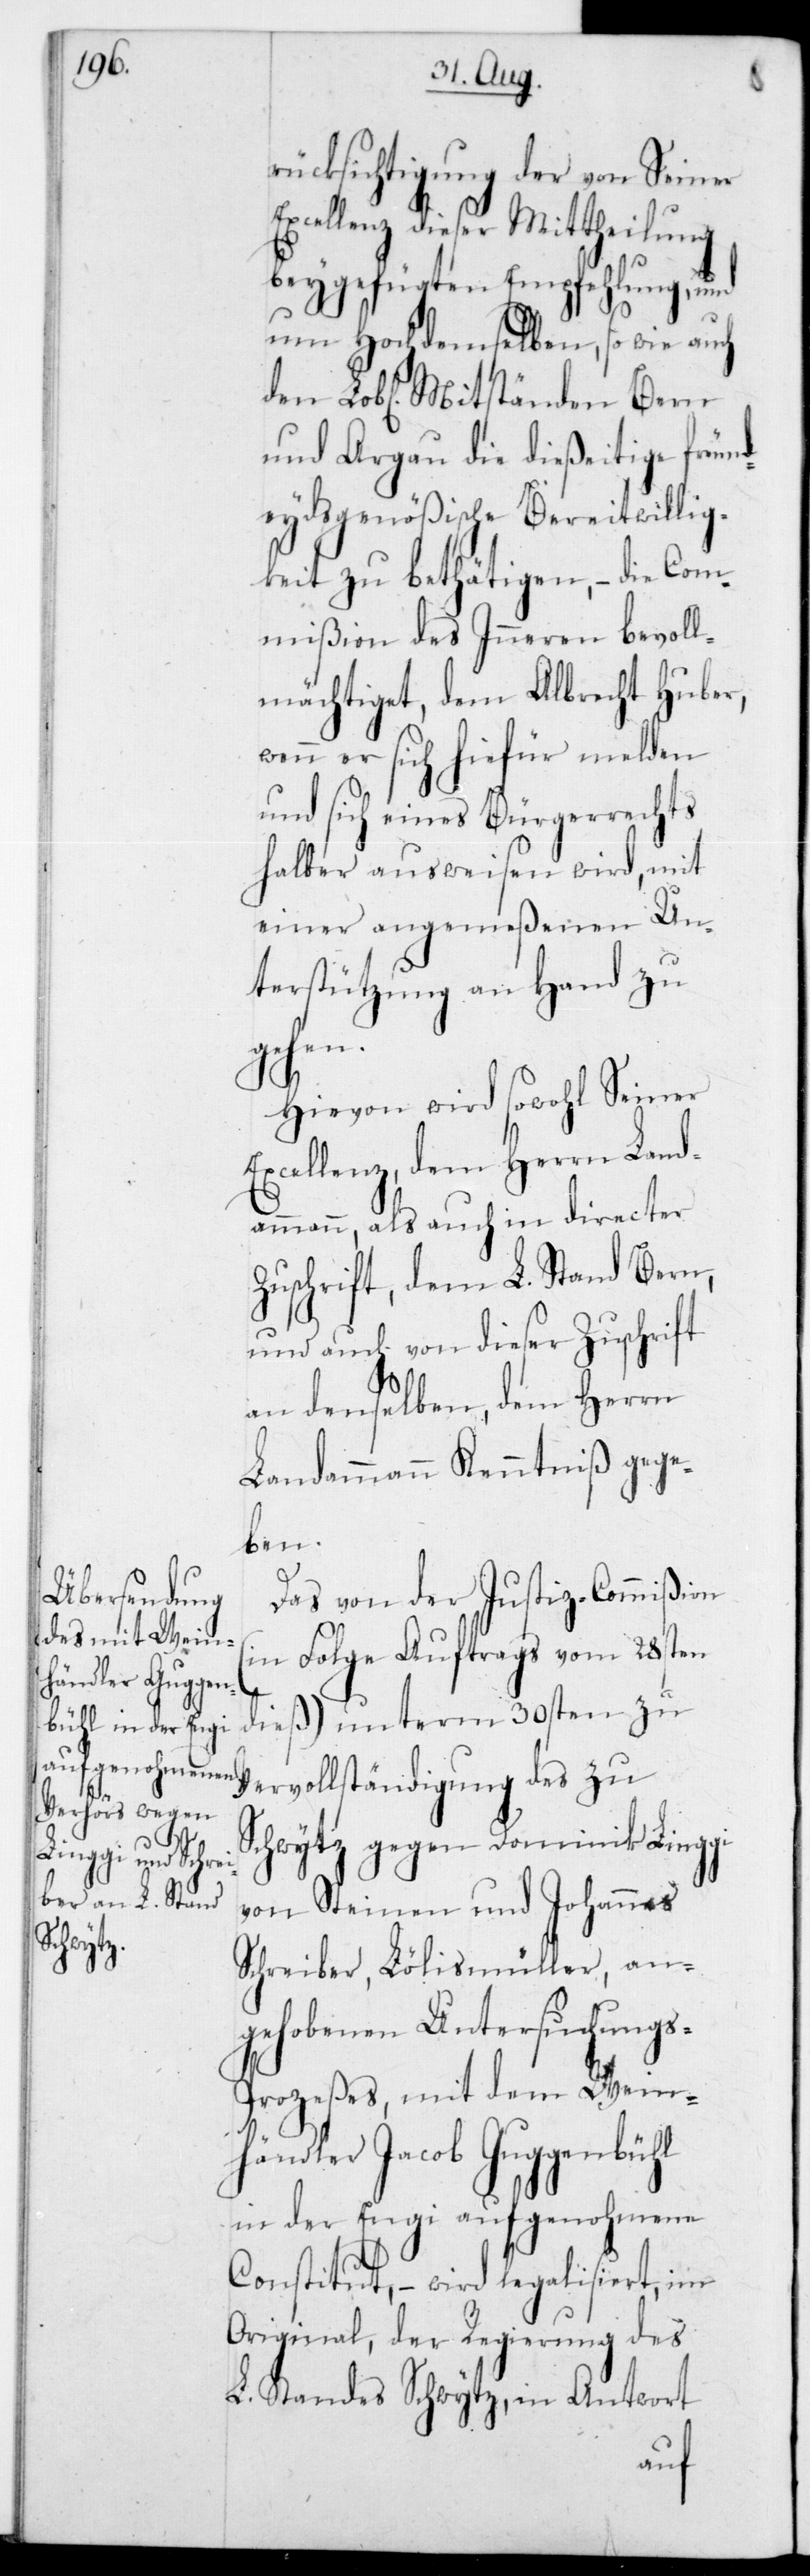
rücksichtigung der von Sr.
Excellenz dieser Mittheilung
beygefügten Empfehlung, und
um Hochdemselben, so wie auch
und Argau die dießeitige freun¬
deydsgenößische Bereitwillig¬
keit zu bethätigen, – die Com¬
mißion des Inneren bevoll¬
mächtiget, dem Albrecht Huber,
wenn er sich hiefür melden
und sich eines Bürgerrechts
halber ausweisen wird, mit
einer angemeßenen Un¬
terstützung an Hand zu
gehen.
Hievon wird sowohl Seiner
Excellenz,dem Herrn Land¬
ammann, als auch in directer
Zuschrift, dem L. Stand Bern,
und auch von dieser Zuschrift
an denselben, dem Herrn
Landammann Kenntniß gege¬
ben.
Das von der Justiz-Commißion
(in Folge Auftrags vom 28sten
dieß) unterm 30sten zu
Mitständen Bern
Vervollständigung des zu
Schwytz gegen Dominik Linggi
von Steinen und Johannes
Schreiber, Lölismüller, an¬
gehobenen Untersuchung¬
s-Prozeßes, mit dem Wein¬
händler Jacob Guggenbühl
in der Engi aufgenohmene
Constitut, – wird legalisiert, im
Original, der Regierung des
L. Standes Schwytz, in Antwort